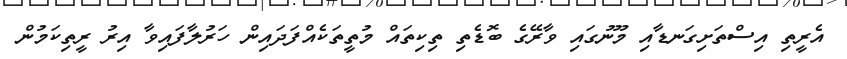
އެރީތި އިސްތަށިގަނޑާއި މޫނުގައި ވާރޭގެ ބޮޑެތި ތިކިތައް މުތީތަކެއްފަދައިން ހަރުލާފައިވާ އިރު ރީތިކަމުން